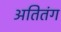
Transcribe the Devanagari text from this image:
अतितंग